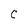
Character: C